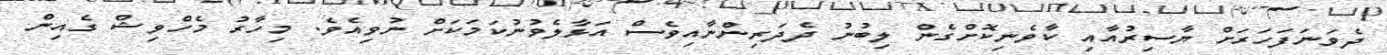
ދެވަނަފަހަރަށް ޔާސިރުއާއި ކާވެނިކޮށްގެން ލިބުނު ދެދަރިންނާއިވެސް އަޅާލެވުނުކަމަކަށް ނުވިއެވެ. މިހާރު މެހްވިޝް ގެއިން